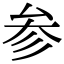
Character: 参